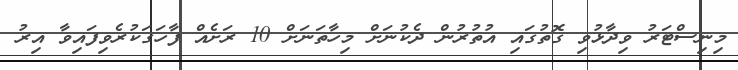
މިނިސްޓަރު ވިދާޅުވި ގޮތުގައި އުތުރުން ދެކުނަށް މިހާތަނަށް 10 ރަށެއް ފާހަގަކުރެވިފައިވާ އިރު